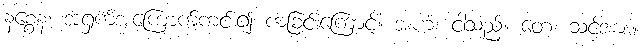
နစ္စေန၊ အရှက်အကြောက်ကင်း၍ ကခြင်းကြောင့်။ အဟံ၊ ငါသည်။ တေ၊ သင့်အား။